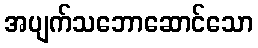
အပျက်သဘောဆောင်သော